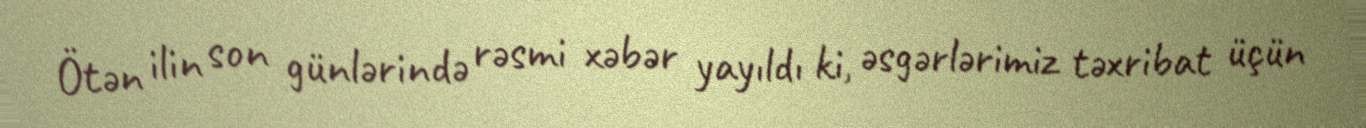
Ötən ilin son günlərində rəsmi xəbər yayıldı ki, əsgərlərimiz təxribat üçün